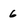
Character: 6